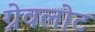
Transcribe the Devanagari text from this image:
ग्रेवलोट